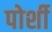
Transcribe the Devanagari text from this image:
पोर्शी